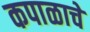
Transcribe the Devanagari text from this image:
कपाळाचे